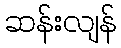
ဆန်းလျန်